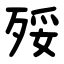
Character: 㱣